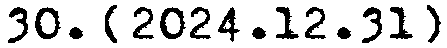
30. {2024.12.31}